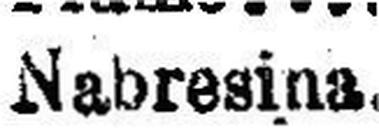
Nabresina